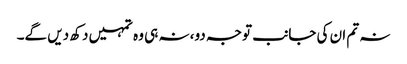
نہ تم ان کی جانب توجہ دو، نہ ہی وہ تمہیں دکھ دیں گے۔